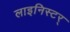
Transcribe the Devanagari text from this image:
लाइनिस्टर्